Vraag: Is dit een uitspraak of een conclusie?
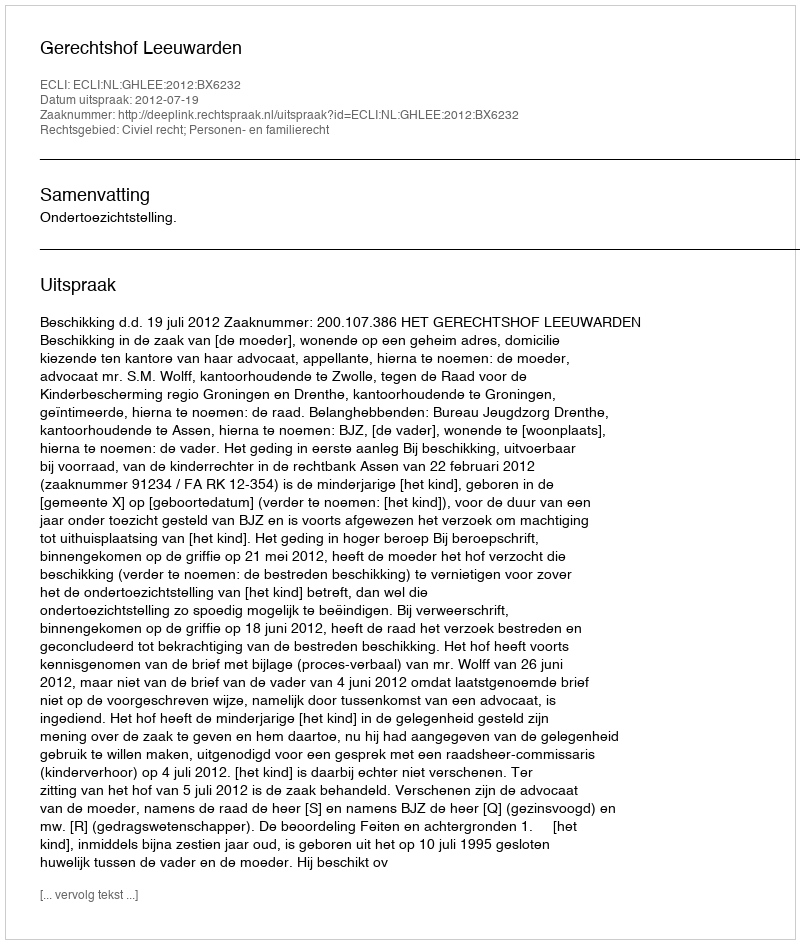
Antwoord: Uitspraak